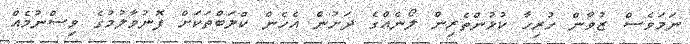
ނަމަވެސް ޒުވާން ހުރިހާ ކުޅުންތެރިން ލޯނެއްގެ ދަށުން އެހެން ކްލަބްތަކަށް ފޮނުވާލުމުގެ ވިސްނުމެއް